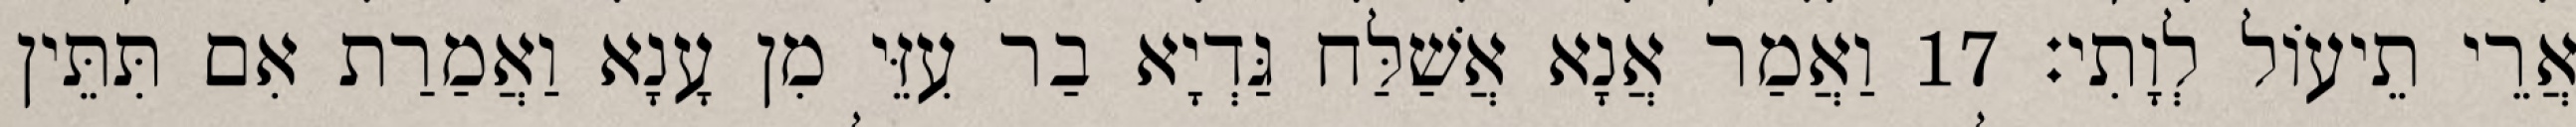
אֲרֵי תֵיעוֹל לְוָתִי׃ 17 וַאֲמַר אֲנָא אֲשַׁלַּח גַּדְיָא בַר עִזֵּי מִן עָנָא וַאֲמַרַת אִם תִּתֵּין